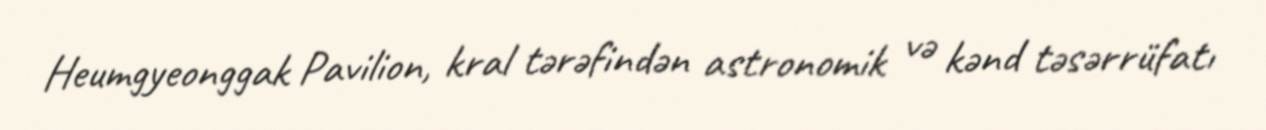
Heumgyeonggak Pavilion, kral tərəfindən astronomik və kənd təsərrüfatı